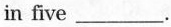
in five___.